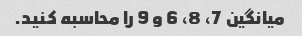
میانگین 7، 8، 6 و 9 را محاسبه کنید.